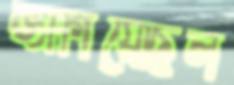
জাগিয়েছিল